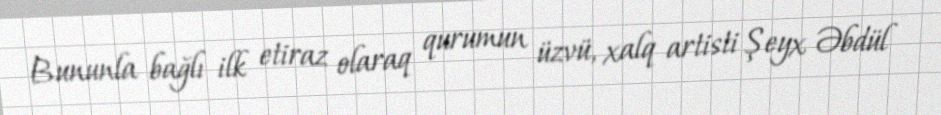
Bununla bağlı ilk etiraz olaraq qurumun üzvü, xalq artisti Şeyx Əbdül